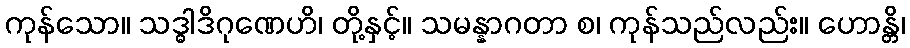
ကုန်သော။ သဒ္ဓါဒိဂုဏေဟိ၊ တို့နှင့်။ သမန္နာဂတာ စ၊ ကုန်သည်လည်း။ ဟောန္တိ၊